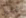
تحليل